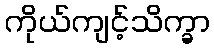
ကိုယ်ကျင့်သိက္ခာ